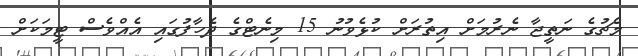
މެޗުގެ ނަތީޖާ ނެރުމަށް އިތުރަށް ކުޅެވުނު 15 މިނެޓްގެ ދެހާފުގައި އެއްވެސް ޓީމަކަށް